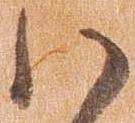
ハ